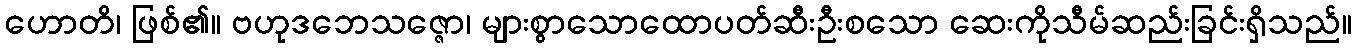
ဟောတိ၊ ဖြစ်၏။ ဗဟုဒဘေသဇ္ဇော၊ များစွာသောထောပတ်ဆီးဦးစသော ဆေးကိုသီမ်ဆည်းခြင်းရှိသည်။